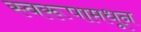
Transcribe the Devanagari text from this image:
स्वरूपामधून